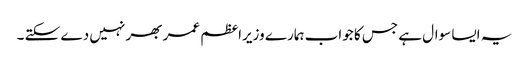
یہ ایسا سوال ہے جس کا جواب ہمارے وزیراعظم عمر بھر نہیں دے سکتے ۔